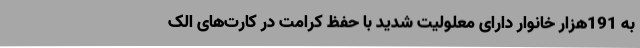
به 191هزار خانوار دارای معلولیت شدید با حفظ کرامت در کارت‌های الک